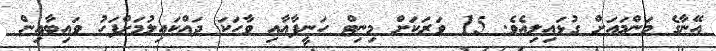
އޭނާގެ މަންމައަށް ގުޅައިލިއެވެ. 15 ވަރަކަށް މިނިޓް ހަނީފާއާއި ވާހަކަ ދައްކައިލުމަށްފަހު ވައިބާއިން